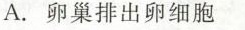
A.卵巢排出卵细胞